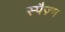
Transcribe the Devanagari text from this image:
स्पैज़्म